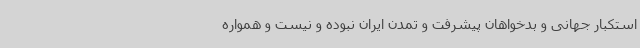
استکبار جهانی و بدخواهان پیشرفت و تمدن ایران نبوده و نیست و همواره